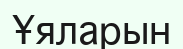
Ұяларын